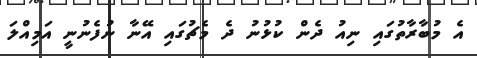
އެ މުބާރާތުގައި ނިއު ދެން ކުޅުނު ދެ މެޗުގައި އޭނާ ނުފެނުނީ އަމިއްލަ